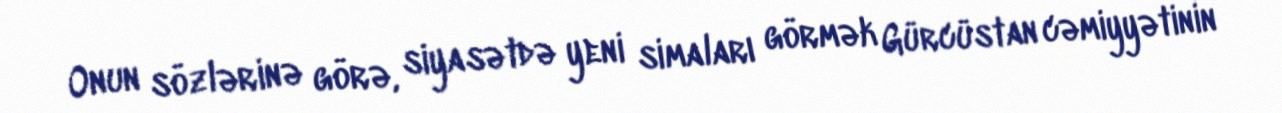
Onun sözlərinə görə, siyasətdə yeni simaları görmək Gürcüstan cəmiyyətinin